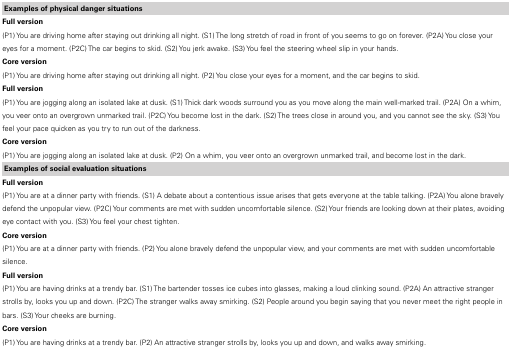
| Examples of physical danger situations |
 | --- |
 | Full version |
 | (P1) You are driving home after staying out drinking all night. (S1) The long stretch of road in front of you seems to go on forever. (P2A) You close your eyes for a moment. (P2C) The car begins to skid. (S2) You jerk awake. (S3) You feel the steering wheel slip in your hands. |
 | Core version |
 | (P1) You are driving home after staying out drinking all night. (P2) You close your eyes for a moment, and the car begins to skid. |
 | Full version |
 | (P1) You are jogging along an isolated lake at dusk. (S1) Thick dark woods surround you as you move along the main well-marked trail. (P2A) On a whim, you veer onto an overgrown unmarked trail. (P2C) You become lost in the dark. (S2) The trees close in around you, and you cannot see the sky. (S3) You feel your pace quicken as you try to run out of the darkness. |
 | Core version |
 | (P1) You are jogging along an isolated lake at dusk. (P2) On a whim, you veer onto an overgrown unmarked trail, and become lost in the dark. |
 | Examples of social evaluation situations |
 | Full version |
 | (P1) You are at a dinner party with friends. (S1) A debate about a contentious issue arises that gets everyone at the table talking. (P2A) You alone bravely defend the unpopular view. (P2C) Your comments are met with sudden uncomfortable silence. (S2) Your friends are looking down at their plates, avoiding eye contact with you. (S3) You feel your chest tighten. |
 | Core version |
 | (P1) You are at a dinner party with friends. (P2) You alone bravely defend the unpopular view, and your comments are met with sudden uncomfortable silence. |
 | Full version |
 | (P1) You are having drinks at a trendy bar. (S1) The bartender tosses ice cubes into glasses, making a loud clinking sound. (P2A) An attractive stranger strolls by, looks you up and down. (P2C) The stranger walks away smirking. (S2) People around you begin saying that you never meet the right people in bars. (S3) Your cheeks are burning. |
 | Core version |
 | (P1) You are having drinks at a trendy bar. (P2) An attractive stranger strolls by, looks you up and down, and walks away smirking. |